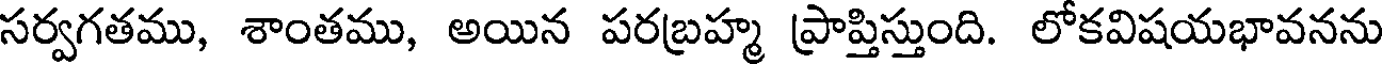
సర్వగతము, శాంతము, అయిన పరబ్రహ్మ ప్రాప్తిస్తుంది. లోకవిషయభావనను